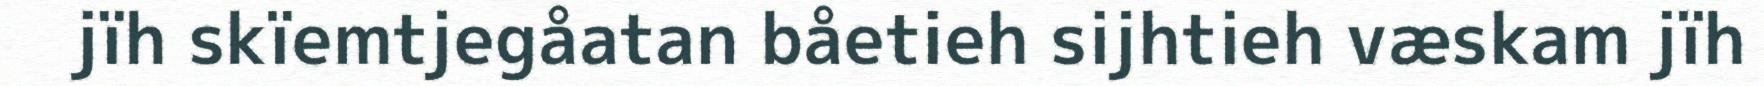
jïh skïemtjegåatan båetieh sijhtieh væskam jïh